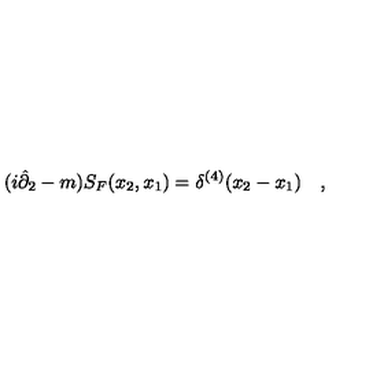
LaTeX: ( i \hat { \partial } _ { 2 } - m ) S _ { F } ( x _ { 2 } , x _ { 1 } ) = \delta ^ { ( 4 ) } ( x _ { 2 } - x _ { 1 } ) \quad ,